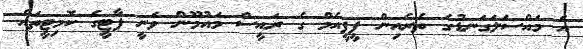
އެ މައްސަލަގަނޑުގެ ތެރެއިން ޕީޕީއެމް ގެ ރައީސް މައުމޫން ވަނީ ޕާޓީގެ ކޮމިޓީތައް